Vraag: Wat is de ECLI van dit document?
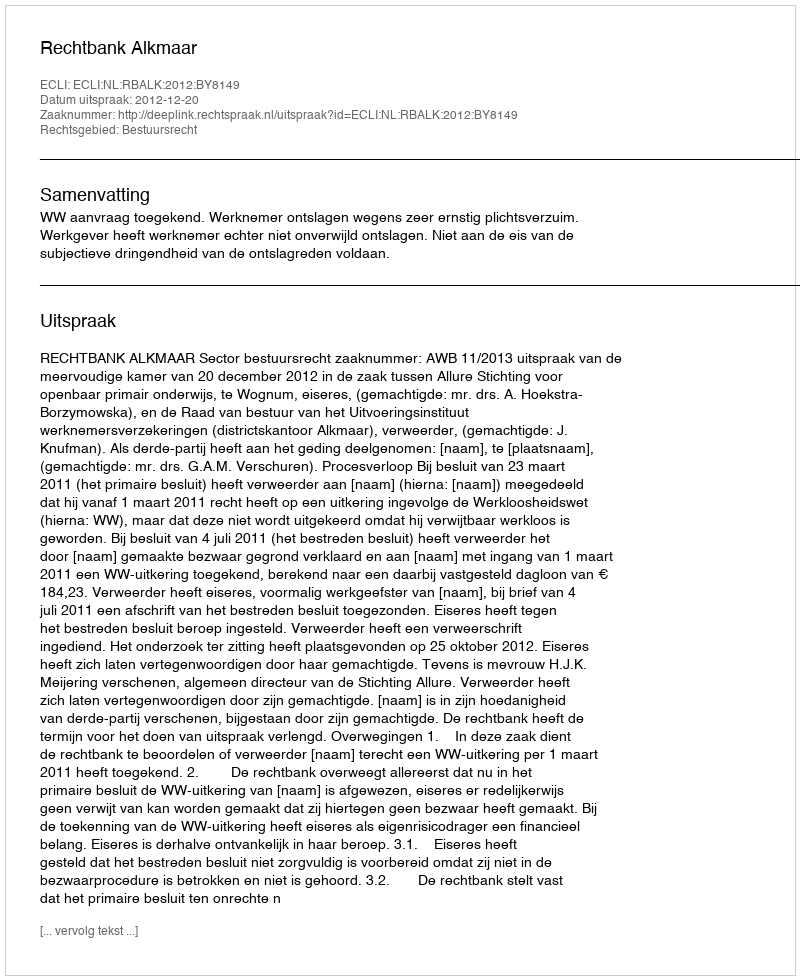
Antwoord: ECLI:NL:RBALK:2012:BY8149